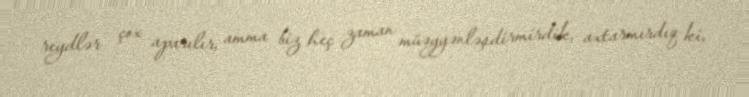
reydlər çox aparılır, amma biz heç zaman müəyyənləşdirmirdik, axtarmırdıq ki,